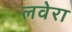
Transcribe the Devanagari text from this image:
लवेरा